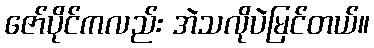
ဇော်ပိုင်ကလည်း အဲသလိုပဲမြင်တယ်။